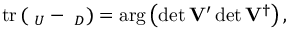
\mathrm { t r } \, ( { \bf \Omega } _ { U } - { \bf \Omega } _ { D } ) = \arg \left( \operatorname * { d e t } { \bf V } ^ { \prime } \operatorname * { d e t } { \bf V } ^ { \dagger } \right) ,